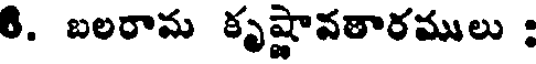
8. బలరామ కృష్ణావతారములు :